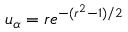
u _ { \alpha } = r e ^ { - ( r ^ { 2 } - 1 ) / 2 }